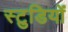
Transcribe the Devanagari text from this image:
स्टुडियों